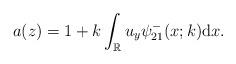
LaTeX: \begin{align*}a(z)=1+k \int_{\mathbb{R}} u_y \psi^-_{21}(x;k) \mathrm{d}x. \end{align*}